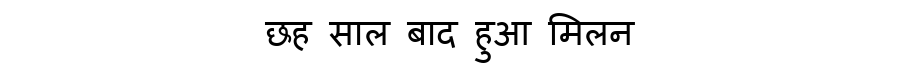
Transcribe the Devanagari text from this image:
छह साल बाद हुआ मिलन